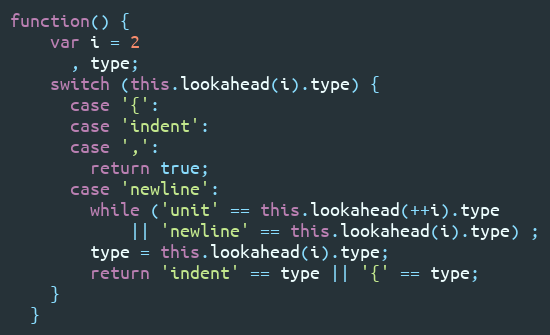
Language: JavaScript
function() {
    var i = 2
      , type;
    switch (this.lookahead(i).type) {
      case '{':
      case 'indent':
      case ',':
        return true;
      case 'newline':
        while ('unit' == this.lookahead(++i).type
            || 'newline' == this.lookahead(i).type) ;
        type = this.lookahead(i).type;
        return 'indent' == type || '{' == type;
    }
  }